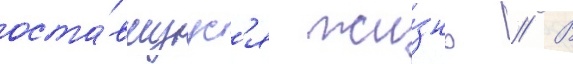
оста́вшуус'я жи́знь // В